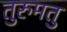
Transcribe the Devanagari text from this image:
तुरुमतु